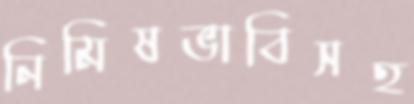
নিমিষভাবিসহ